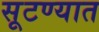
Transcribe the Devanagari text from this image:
सूटण्यात